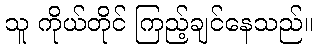
သူ ကိုယ်တိုင် ကြည့်ချင်နေသည်။